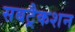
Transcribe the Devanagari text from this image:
सबट्रैकशन